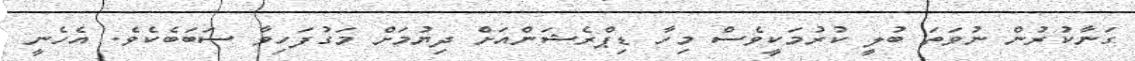
ގަނާކުރުން ނުވަތަ ބުލީ ކުރުމަކީވެސް މިހާ ޑިޕްރެޝަންއަށް ދިޔުމަށް މަގުފަހިވާ ސަބަބެކެވެ. އެހެނީ